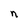
Character: n